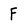
Character: F